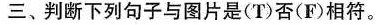
三、判断下列句子与图片是(T)否(F)相符。